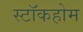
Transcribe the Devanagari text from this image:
स्टाॅकहोम